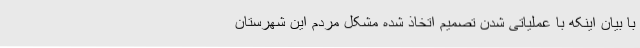
با بیان اینکه با عملیاتی شدن تصمیم اتخاذ شده مشکل مردم این شهرستان